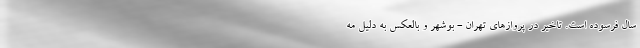
سال فرسوده است. تاخیر در پروازهای تهران - بوشهر و بالعکس به دلیل مه